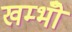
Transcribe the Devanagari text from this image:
खम्भोँ